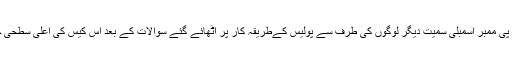
انہوں نے اس کیس میں بی جے پی ممبر اسمبلی سمیت دیگر لوگوں کی طرف سے پولیس کےطریقہ کار پر اٹھائے گئے سوالات کے بعد اس کیس کی اعلی سطحی جانچ کرانے کی ہدایات دی ہے۔